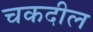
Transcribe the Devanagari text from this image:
चकदील